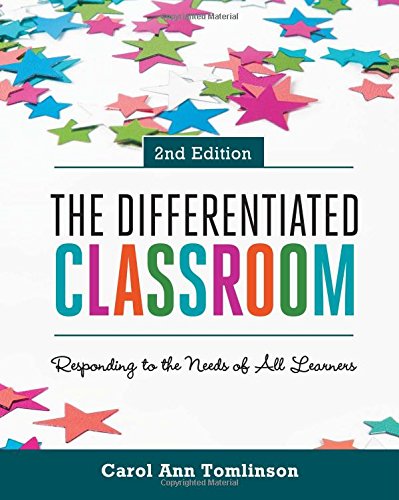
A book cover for The Differentiated Classroom: Responding to the Needs of All Learners, 2nd Edition; Carol Ann Tomlinson; Education & Teaching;